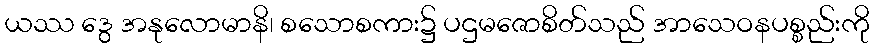
ယဿ ဒွေ အနုလောမာနိ၊ စသောစကား၌ ပဌမဇောစိတ်သည် အာသေဝနပစ္စည်းကို